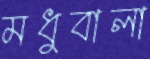
মধুবালা